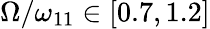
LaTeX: \Omega/\omega_{11}\in\left[0.7,1.2\right]